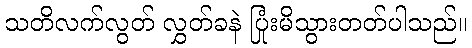
သတိလက်လွတ် လွှတ်ခနဲ ပြုံးမိသွားတတ်ပါသည်။